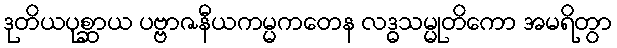
ဒုတိယပုစ္ဆာယ ပဗ္ဗာဇနီယကမ္မကတေန လဒ္ဓသမ္မုတိကော အမရိတွာ